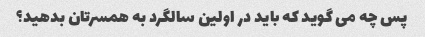
پس چه می گوید که باید در اولین سالگرد به همسرتان بدهید؟